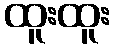
ထူးထူး